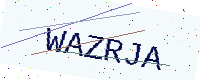
Text: WAZRJA